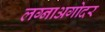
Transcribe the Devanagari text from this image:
लग्नाअगोदर